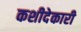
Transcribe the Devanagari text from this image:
कशीदेकारी